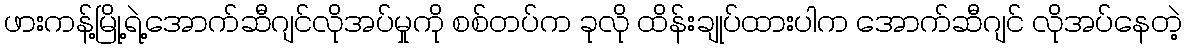
ဖားကန့်မြို့ရဲ့အောက်ဆီဂျင်လိုအပ်မှုကို စစ်တပ်က ခုလို ထိန်းချုပ်ထားပါက အောက်ဆီဂျင် လိုအပ်နေတဲ့